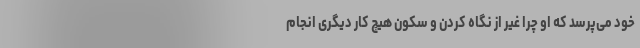
خود می‌پرسد که او چرا غیر از نگاه کردن و سکون هیچ کار دیگری انجام